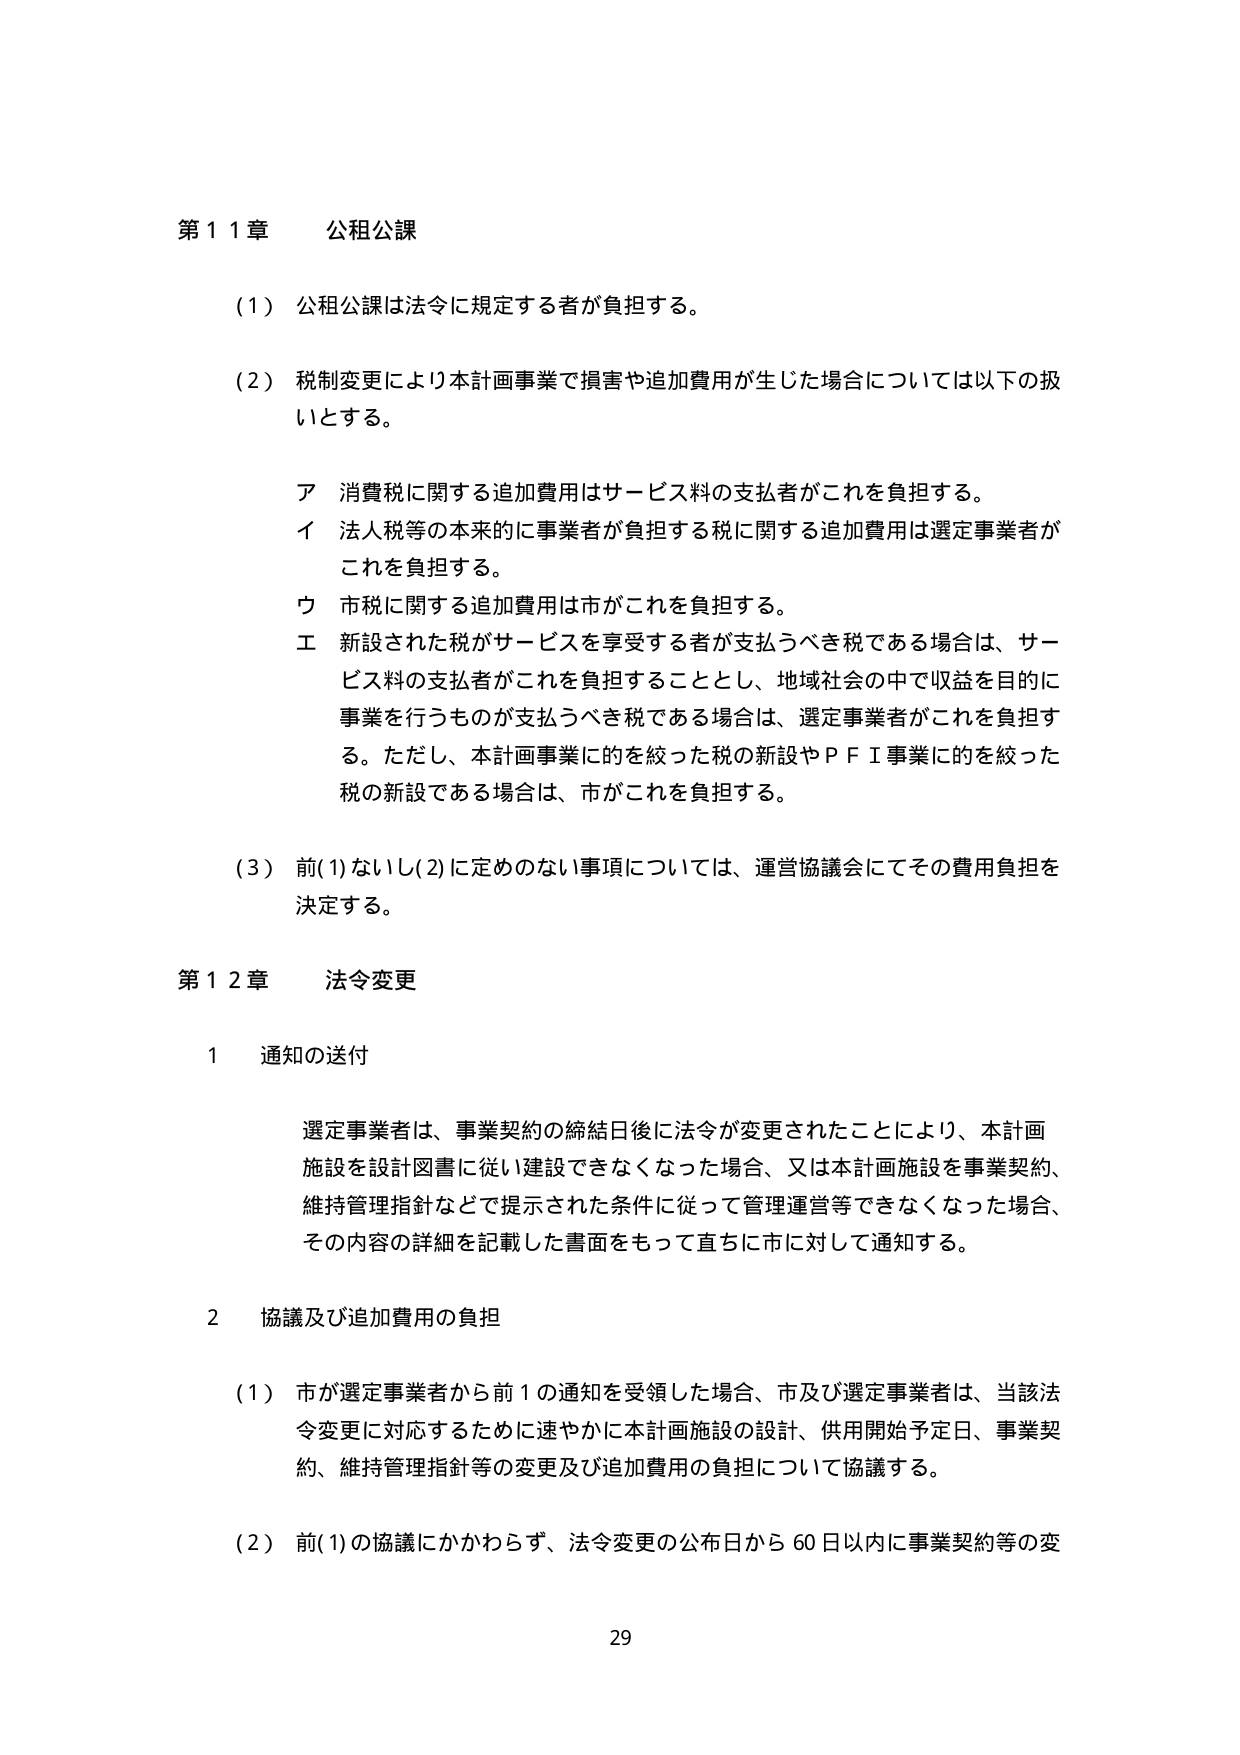
第１１章　公租公課

（１）公租公課は法令に規定する者が負担する。

（２）税制変更により本計画事業で損害や追加費用が生じた場合については以下の扱いとする。

　ア　消費税に関する追加費用はサービス料の支払者がこれを負担する。
　イ　法人税等の本来的に事業者が負担する税に関する追加費用は選定事業者がこれを負担する。
　ウ　市税に関する追加費用は市がこれを負担する。
　エ　新設された税がサービスを享受する者が支払うべき税である場合は、サービス料の支払者がこれを負担することとし、地域社会の中で収益を目的に事業を行うものが支払うべき税である場合は、選定事業者がこれを負担する。ただし、本計画事業に的を絞った税の新設やＰＦＩ事業に的を絞った税の新設である場合は、市がこれを負担する。

（３）前(1)ないし(2)に定めのない事項については、運営協議会にてその費用負担を決定する。

第１２章　法令変更

　１　通知の送付

　　選定事業者は、事業契約の締結日後に法令が変更されたことにより、本計画施設を設計図書に従い建設できなくなった場合、又は本計画施設を事業契約、維持管理指針などで提示された条件に従って管理運営できなくなった場合、その内容の詳細を記載した書面をもって直ちに市に対して通知する。

　２　協議及び追加費用の負担

　　（１）市が選定事業者から前１の通知を受領した場合、市及び選定事業者は、当該法令変更に対応するために速やかに本計画施設の設計、供用開始予定日、事業契約、維持管理指針等の変更及び追加費用の負担について協議する。

　　（２）前(1)の協議にかかわらず、法令変更の公布日から６０日以内に事業契約等の変

29